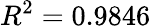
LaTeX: R^{2}=0.9846